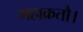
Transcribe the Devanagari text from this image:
महाक्रतौ।